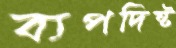
ব্যপদিষ্ট